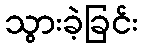
သွားခဲ့ခြင်း